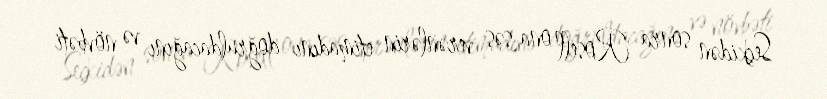
Seçkidən sonra Rosell ona səs verənlərin etimadını doğruldacağını və növbəti